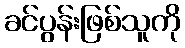
ခင်ပွန်းဖြစ်သူကို